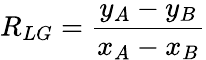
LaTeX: R_{LG}=\frac{y_{A}-y_{B}}{x_{A}-x_{B}}